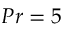
P r = 5